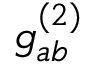
g _ { a b } ^ { ( 2 ) }